Report on horse surra - Volume I
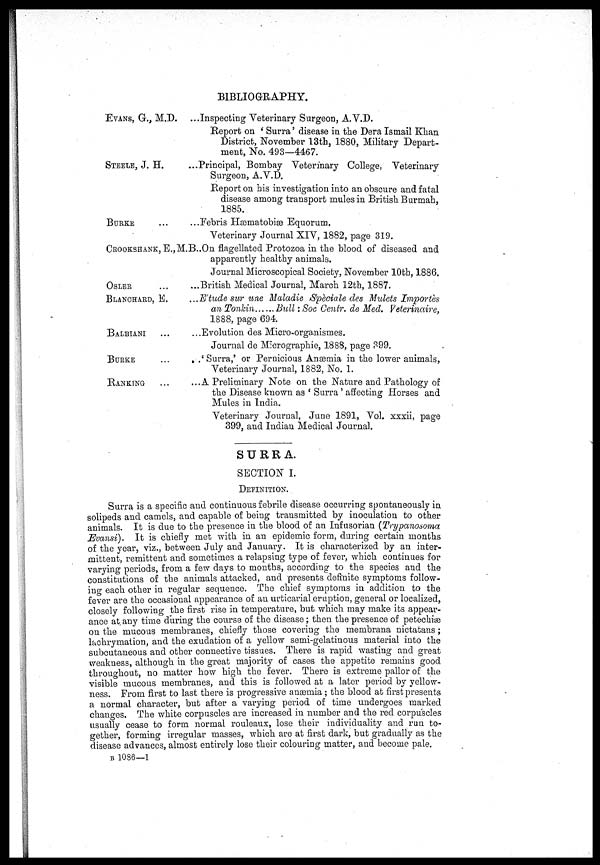
BIBLIOGRAPHY.
EVANS, G., M.D,
STEELE, J. H.
BURKE
CROOKSHANK, E.,
OSLER
BLANCHARD, E.
BALBIANI
BURKE
RANKING
...Inspecting Veterinary Surgeon, A.V.D.
Report on ' Surra' disease in the Dera Ismail Khan
District, November 13th, 1880, Military Depart-
ment, No. 493—4467.
...Principal, Bombay Veterinary College, Veterinary
Surgeon, A.V.D.
Report on his investigation into an obscure and fatal
disease among transport mules in British Burmah,
1885.
...Febris Hæmatobise Equorum.
Veterinary Journal XIV, 1882, page 319.
M.B..On flagellated Protozoa in the blood of diseased and
apparently healthy animals.
Journal Microscopical Society, November 10th, 1886,
...British Medical Journal, March 12th, 1887.
...E'tude sur une Maladie Styeciale des Millets Importès
an Tonkin
Bull: SOC Centr. de Med. Veterinaire,
1888, page 694.
.. .Evolution des Micro-organismes.
Journal de Micrographie, 1888, page 899.
, .'Surra,' or Pernicious Anæmia in the lower animals,
Veterinary Journal, 1882, No. 1.
...A Preliminary Note on the Nature and Pathology of
the Disease known as ' Surra ' affecting Horses and
Mules in India.
Veterinary Journal, June 1891, Vol. xxxii, page
399, and Indian Medical Journal.
SURRA.
SECTION I.
DEFINITION.
Surra is a specific and continuous febrile disease occurring spontaneously in
solipeds and camels, and capable of being transmitted by inoculation to other
animals. It is due to the presence in the blood of an Infusorian (Trypanosoma
Evansi). It is chiefly met with in an epidemic form, during certain months
of the year, viz., between July and January. It is characterized by an inter-
mittent, remittent and sometimes a relapsing type of fever, which continues for
varying periods, from a few days to months, according to the species and the
constitutions of the animals attacked, and presents definite symptoms follow-
ing each other in regular sequence. The chief symptoms in addition to the
fever are the occasional appearance of an urticarial eruption, general or localized,
closely following the first rise in temperature, but which may make its appear-
ance at any time during the course of the disease ; then the presence of petechiæ
on the mucous membranes, chiefly those covering the membrana nictatans;
lachrymation, and the exudation of a yellow semi-gelatinous material into the
subcutaneous and other connective tissues. There is rapid wasting and great
weakness, although in the great majority of cases the appetite remains good
throughout, no matter how high the fever. There is extreme pallor of the
visible mucous membranes, and this is followed at a later period by yellow-
ness. From first to last there is progressive anosmia ; the blood at first presents
a normal character, but after a varying period of time undergoes marked
changes. The white corpuscles are increased in number and the red corpuscles
usually cease to form normal rouleaux, lose their individuality and run to-
gether, forming irregular masses, which are at first dark, but gradually as the
disease advances, almost entirely lose their colouring matter, and become pale.
B 1086—1